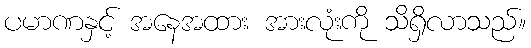
ပမာဏနှင့် အနေအထား အားလုံးကို သိရှိလာသည်။